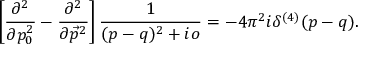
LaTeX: \left[ \frac { \partial ^ { 2 } } { \partial p _ { 0 } ^ { 2 } } - \frac { \partial ^ { 2 } } { \partial \vec { p } ^ { 2 } } \right] \frac { 1 } { ( p - q ) ^ { 2 } + i o } = - 4 \pi ^ { 2 } i \delta ^ { ( 4 ) } ( p - q ) .